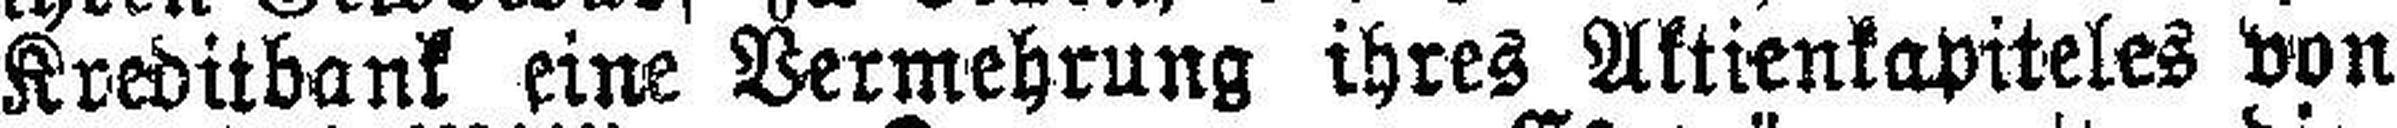
Kreditbank eine Vermehrung ihres Aktienkapiteles von